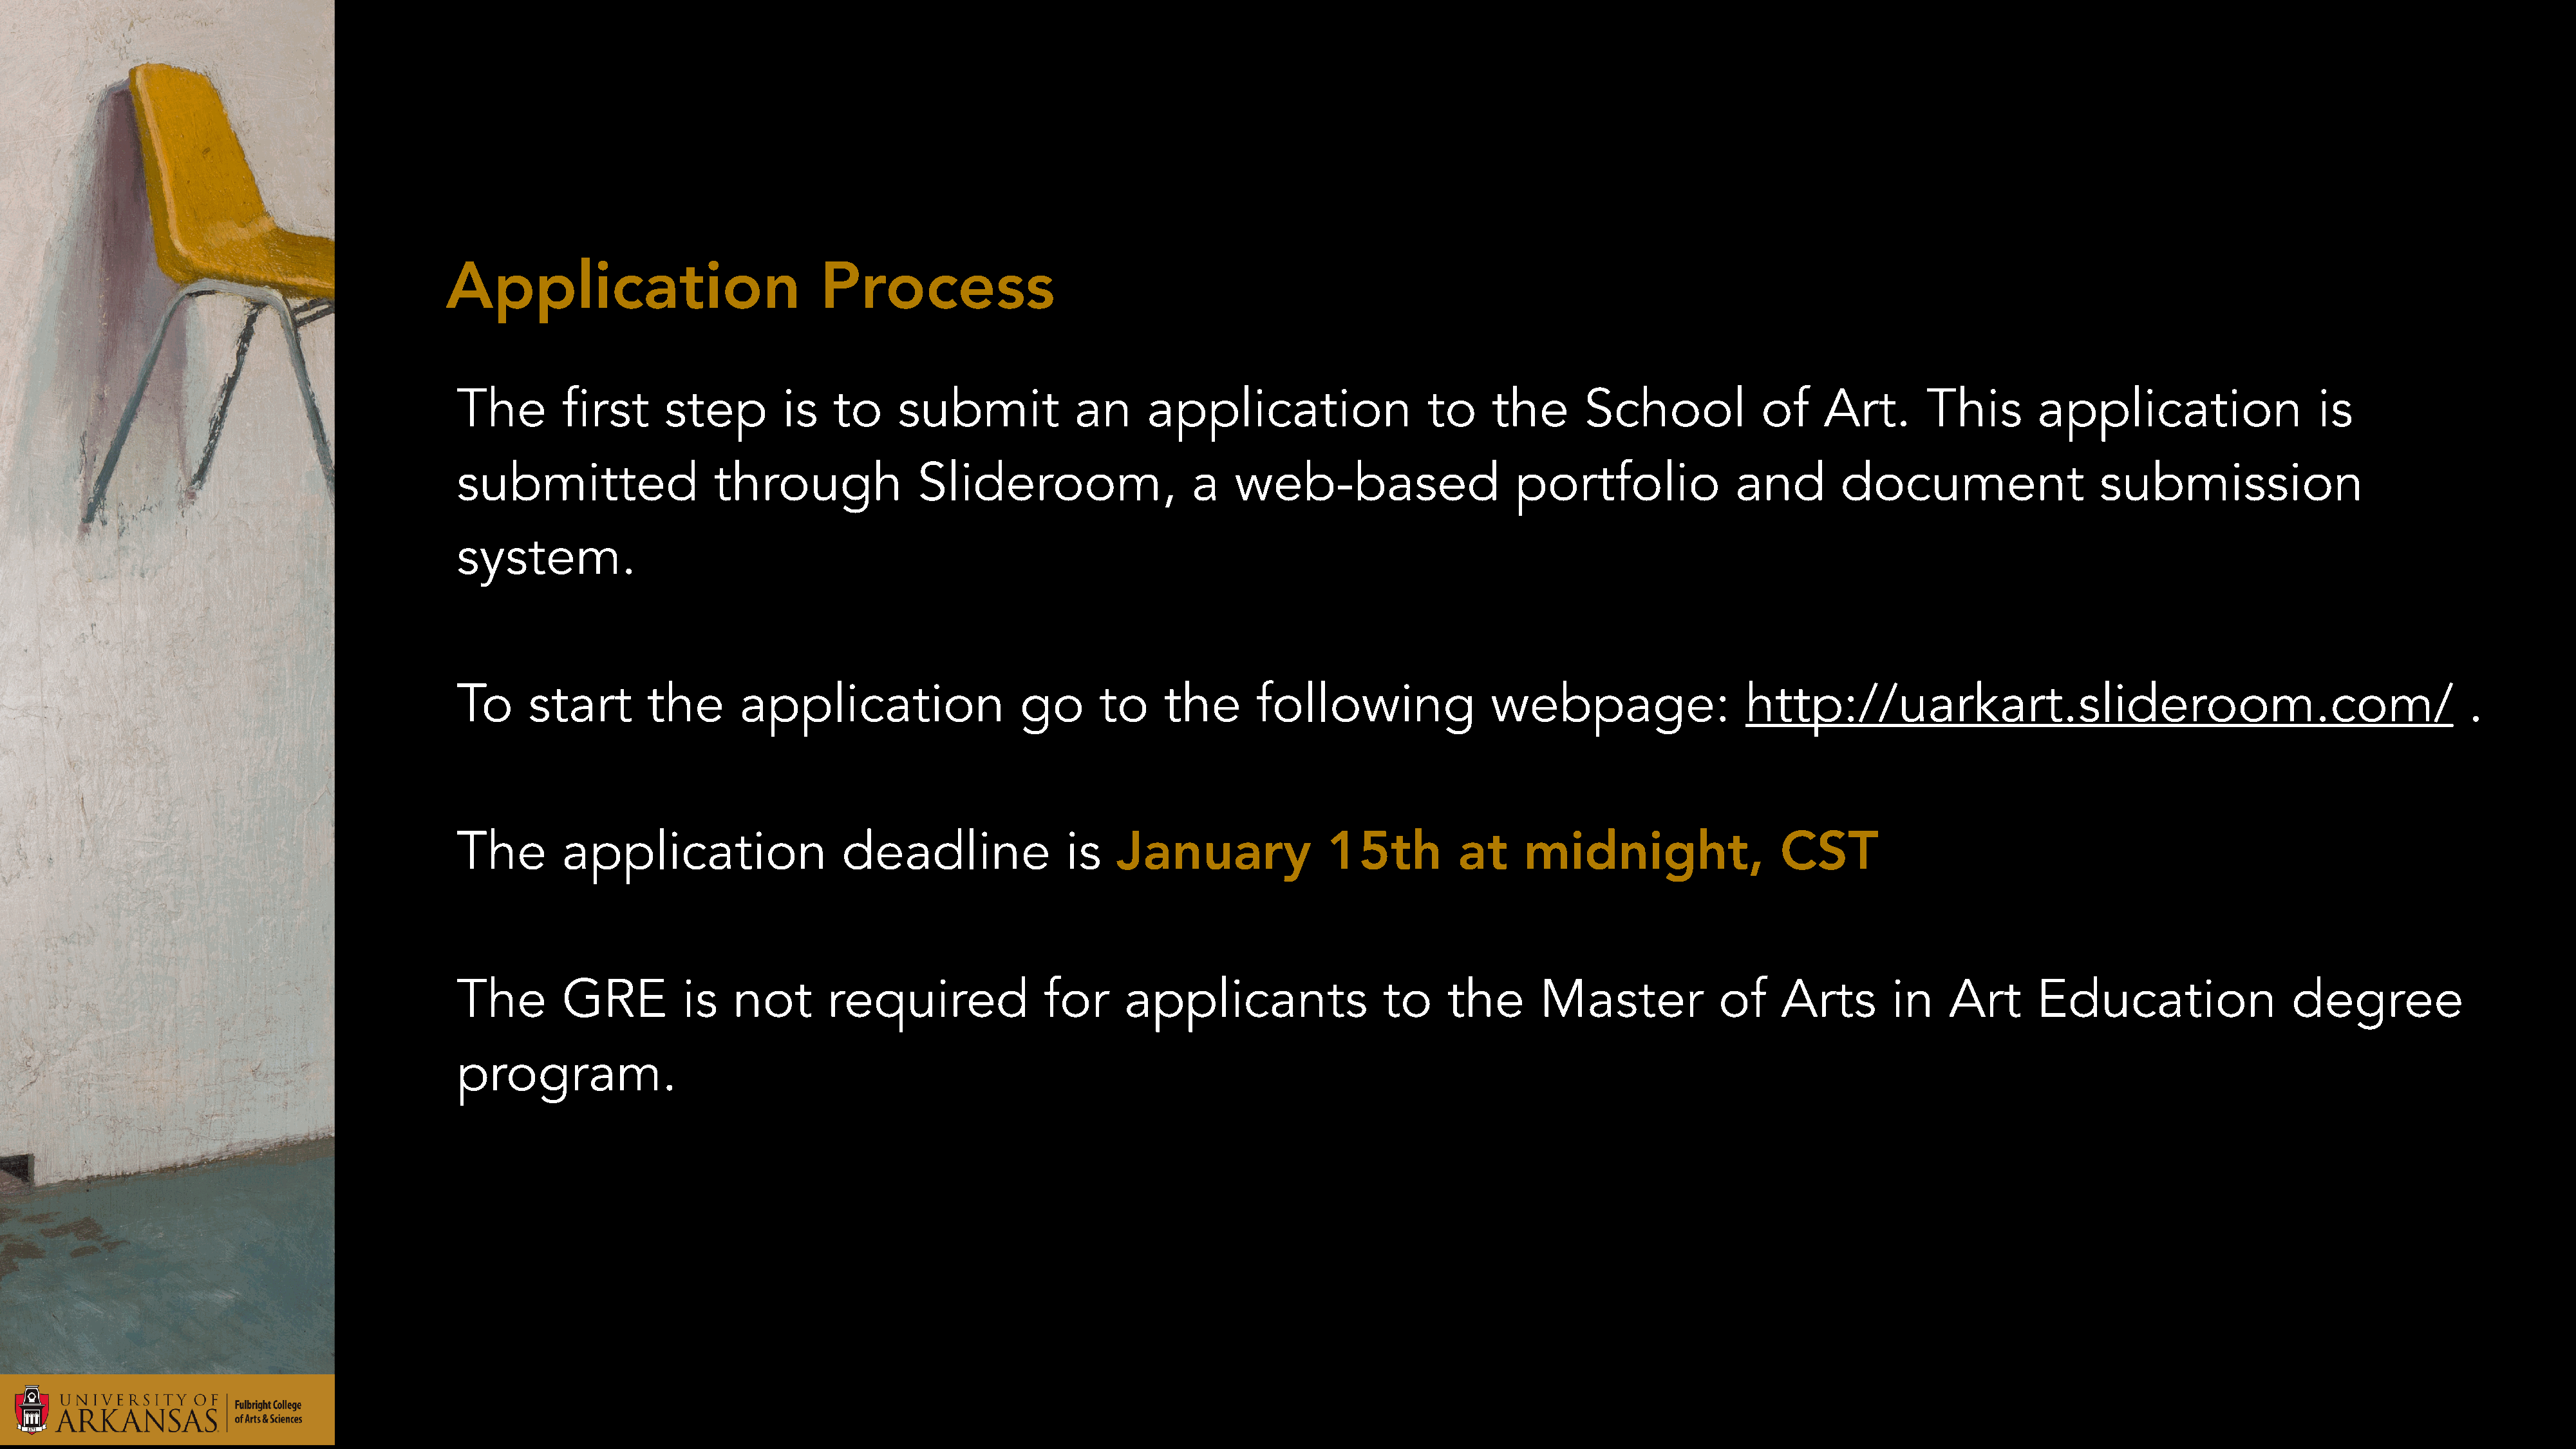
Application                           Process
 The        first     step        is    to    submit            an      application                  to    the       School            of    Art.       This       application                  is
 submitted                 through              Slideroom,                   a   web-based                    portfolio             and        document                   submission
 system.
 To     start        the      application                  go      to     the      following               webpage:                  http://uarkart.slideroom.com/                                              .
 The        application                  deadline               is   January              15th          at     midnight,                 CST
 The        GRE         is   not       required              for      applicants                to     the      Master             of    Arts       in    Art      Education                  degree
 program.